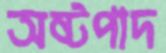
অষ্টপাদ